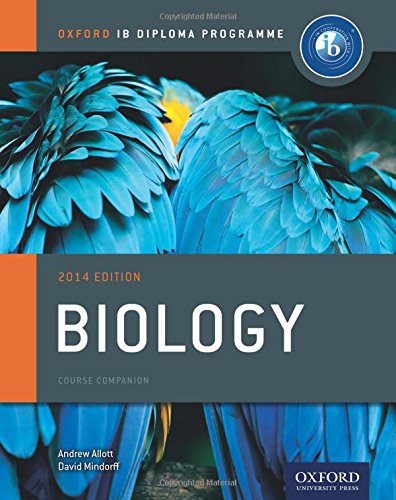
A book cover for IB Biology Course Book: 2014 Edition: Oxford IB Diploma Program; Andrew Allott; Science & Math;